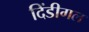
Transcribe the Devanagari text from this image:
दिंडीगल